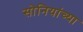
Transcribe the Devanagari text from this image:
सोनियांच्या